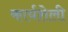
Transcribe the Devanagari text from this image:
कार्यशेली